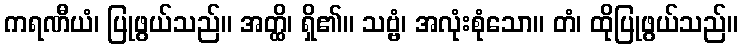
ကရဏီယံ၊ ပြုဖွယ်သည်။ အတ္ထိ၊ ရှိ၏။ သဗ္ဗံ၊ အလုံးစုံသော။ တံ၊ ထိုပြုဖွယ်သည်။